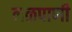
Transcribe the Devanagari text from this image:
नळपाणी